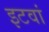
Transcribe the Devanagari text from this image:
इटवां